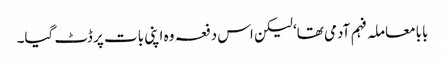
بابا معاملہ فہم آدمی تھا‘ لیکن اس دفعہ وہ اپنی بات پر ڈٹ گیا۔